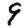
Digit: 9